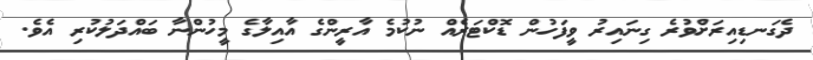
ދެގަނޑިއިރަށްވުރެ ގިނައިރު ވީފަހުން ޑޮކްޓަރެއް ނުކުމެ އާރީންގެ އާއިލާގެ މީހުންނާ ބައްދަލުކުރި އެވެ.